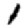
Digit: 1